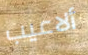
ألاعيب